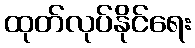
ထုတ်လုပ်နိုင်ရေး